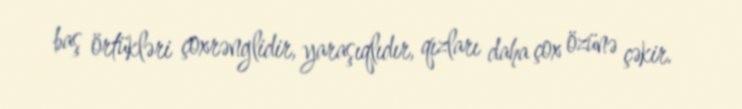
baş örtükləri çoxrənglidir, yaraşıqlıdır, qızları daha çox özünə çəkir.